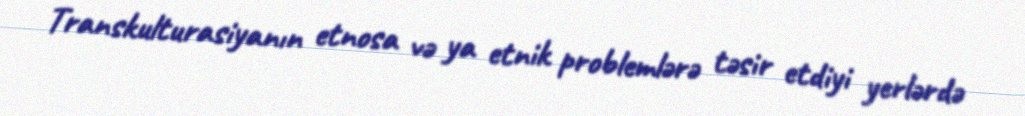
Transkulturasiyanın etnosa və ya etnik problemlərə təsir etdiyi yerlərdə